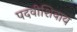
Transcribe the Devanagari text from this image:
पदवीशिवाय